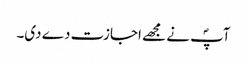
آپؐ نے مجھے اجازت دے دی۔